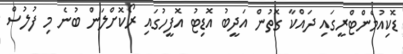
ޑޮކިއުމެންޓްރީގައި ދައްކާ ގޮތުން އަދީބު އޮޑިޓު އޮފީހުގައި ރޯކޮށްލަން ބުނެ މި ފުލުސް